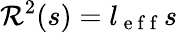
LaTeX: {\cal R}^{2}(s)=l_{\mathrm{~e~f~f~}}s